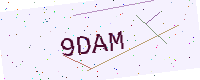
Text: 9DAM